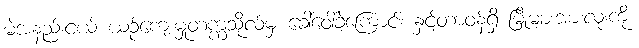
မဲအနည်းငယ် ယဉ်ကျေးမှုတက္ကသိုလ်မှ ခေါ်ဝေါ်ခဲ့ကြောင်း နှင့်တာဝန်ရှိ မြို့များအားလုံးကို